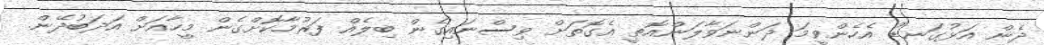
ދެން އަޅުގަނޑު އެހެންވީމަ ދަންނަވާލަންއޮތީ އެގޮތަށް ވިސްނައިގެން ބިލެއް ފަރުމާކޮށްގެން މީހާއަށް އަދަބުދޭން.